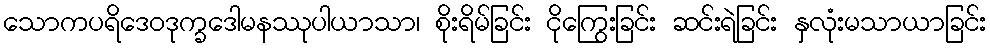
သောကပရိဒေဝဒုက္ခဒေါမနဿုပါယာသာ၊ စိုးရိမ်ခြင်း ငိုကြွေးခြင်း ဆင်းရဲခြင်း နှလုံးမသာယာခြင်း